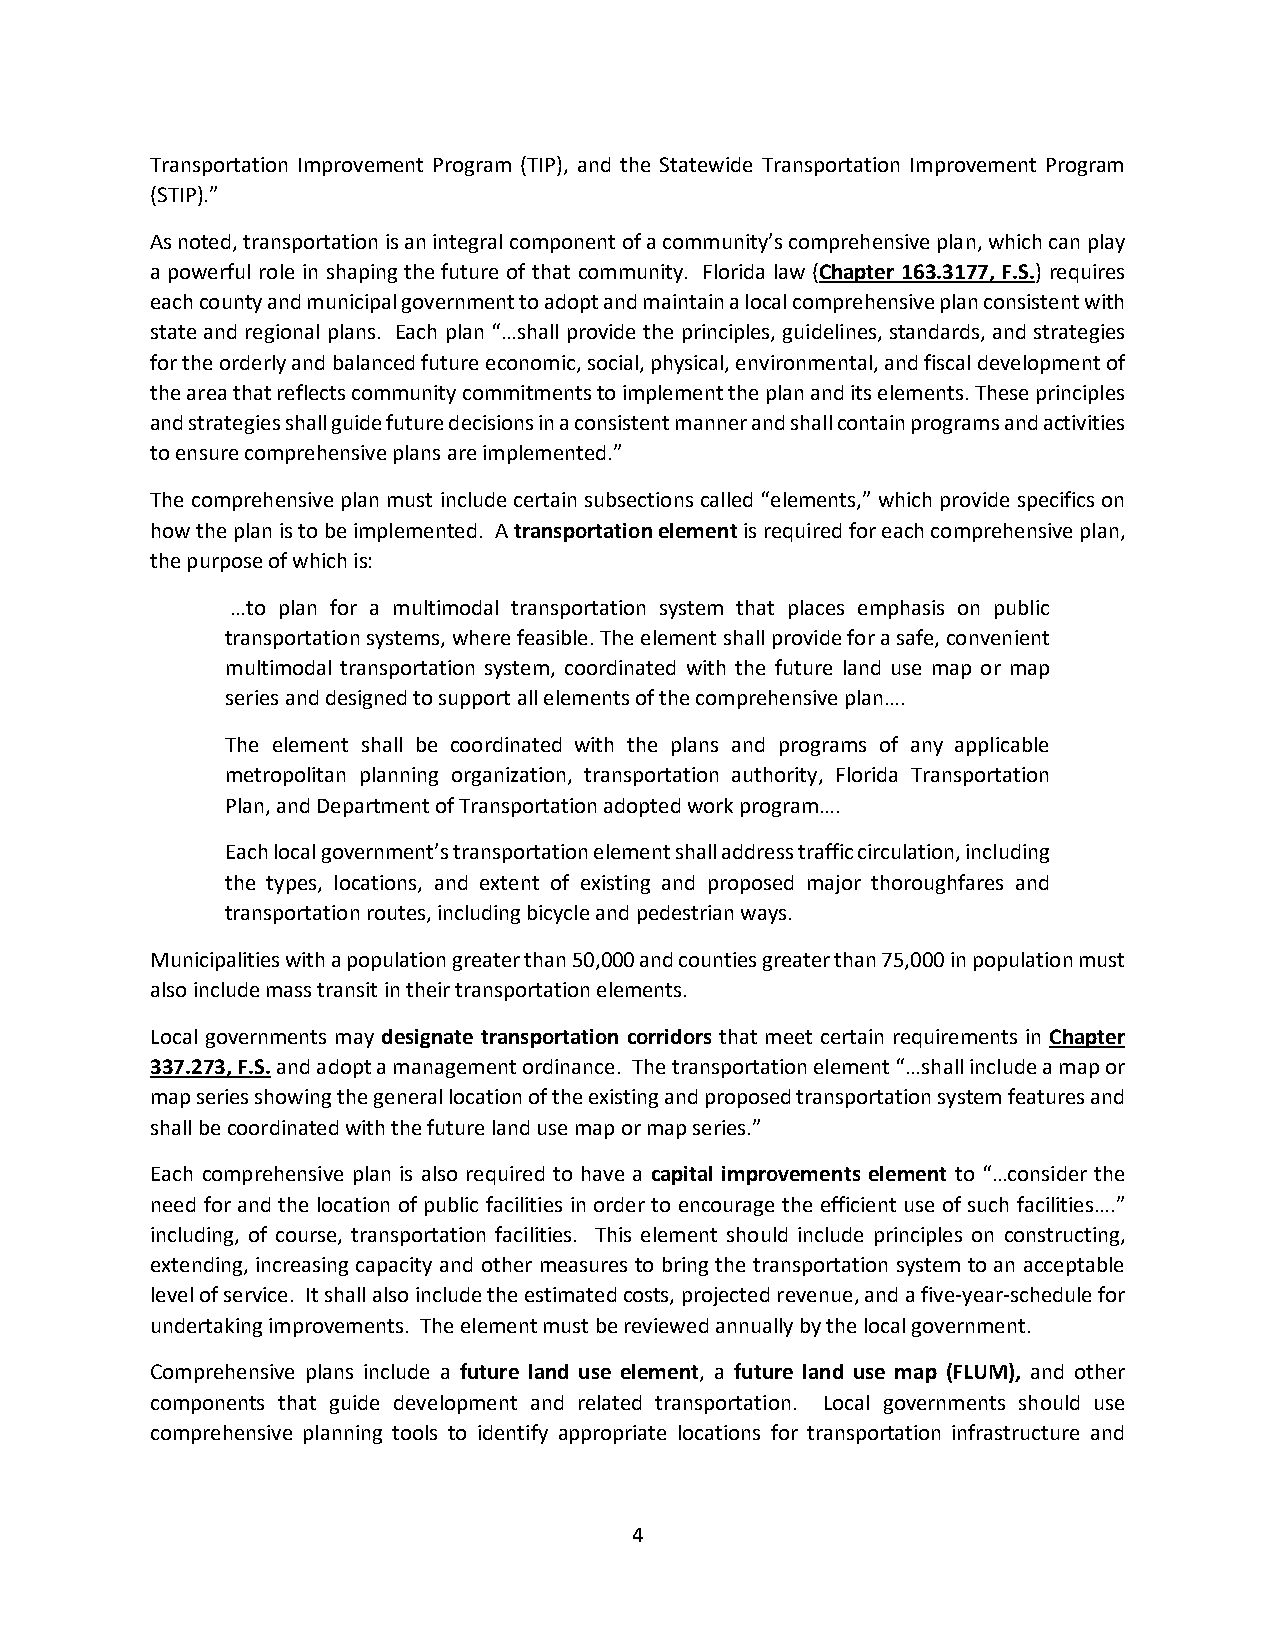
Transportation Improvement Program (TIP), and the Statewide Transportation Improvement Program
 (STIP).”
 As noted, transportation is an integral component of a community’s comprehensive plan, which can play
 a powerful role in shaping the future of that community. Florida law (Chapter 163.3177, F.S.) requires
 each county and municipal government to adopt and maintain a local comprehensive plan consistent with
 state and regional plans. Each plan “…shall provide the principles, guidelines, standards, and strategies
 for the orderly and balanced future economic, social, physical, environmental, and fiscal development of
 the area that reflects community commitments to implement the plan and its elements. These principles
 and strategies shall guide future decisions in a consistent manner and shall contain programs and activities
 to ensure comprehensive plans are implemented.”
 The comprehensive plan must include certain subsections called “elements,” which provide specifics on
 how the plan is to be implemented. A transportation element is required for each comprehensive plan,
 the purpose of which is:
 …to plan for a multimodal transportation system that places emphasis on public
 transportation systems, where feasible. The element shall provide for a safe, convenient
 multimodal transportation system, coordinated with the future land use map or map
 series and designed to support all elements of the comprehensive plan….
 The element shall be coordinated with the plans and programs of any applicable
 metropolitan planning organization, transportation authority, Florida Transportation
 Plan, and Department of Transportation adopted work program….
 Each local government’s transportation element shall address traffic circulation, including
 the types, locations, and extent of existing and proposed major thoroughfares and
 transportation routes, including bicycle and pedestrian ways.
 Municipalities with a population greater than 50,000 and counties greater than 75,000 in population must
 also include mass transit in their transportation elements.
 Local governments may designate transportation corridors that meet certain requirements in Chapter
 337.273, F.S. and adopt a management ordinance. The transportation element “…shall include a map or
 map series showing the general location of the existing and proposed transportation system features and
 shall be coordinated with the future land use map or map series.”
 Each comprehensive plan is also required to have a capital improvements element to “…consider the
 need for and the location of public facilities in order to encourage the efficient use of such facilities….”
 including, of course, transportation facilities. This element should include principles on constructing,
 extending, increasing capacity and other measures to bring the transportation system to an acceptable
 level of service. It shall also include the estimated costs, projected revenue, and a five-year-schedule for
 undertaking improvements. The element must be reviewed annually by the local government.
 Comprehensive plans include a future land use element, a future land use map (FLUM), and other
 components that guide development and related transportation. Local governments should use
 comprehensive planning tools to identify appropriate locations for transportation infrastructure and
 4